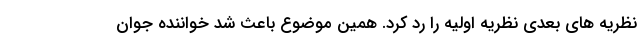
نظریه های بعدی نظریه اولیه را رد کرد. همین موضوع باعث شد خواننده جوان